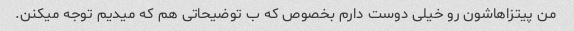
من پیتزاهاشون رو خیلی دوست دارم بخصوص که ب توضیحاتی هم که میدیم توجه میکنن.